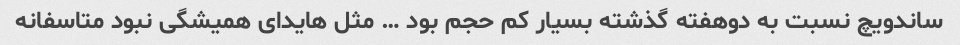
ساندویچ نسبت به دوهفته گذشته بسیار کم حجم بود … مثل هایدای همیشگی نبود متاسفانه